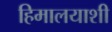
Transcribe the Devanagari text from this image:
हिमालयाशी